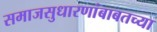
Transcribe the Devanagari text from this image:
समाजसुधारणांबाबतच्या